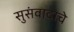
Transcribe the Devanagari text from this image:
सुसंवादाचे